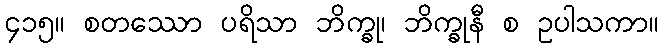
၄၁၅။ စတဿော ပရိသာ ဘိက္ခု၊ ဘိက္ခုနီ စ ဥပါသကာ။